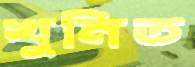
খুনিত